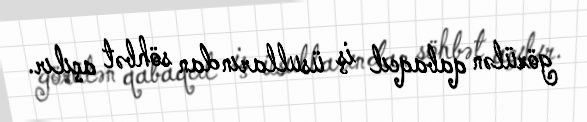
görülən qabaqcıl iş üsullarından söhbət açılır.